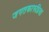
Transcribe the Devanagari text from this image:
जगतकारुप्रिया